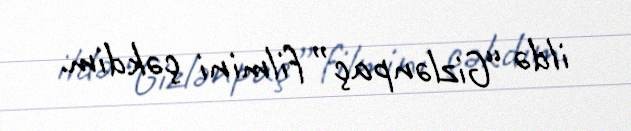
ildə “Gizlənpaç” filmini çəkdim.